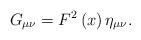
LaTeX: \begin{align*}G_{\mu \nu }=F^2\left( x\right) \eta _{\mu \nu }.\end{align*}